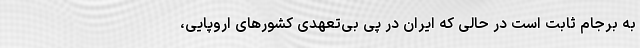
به برجام ثابت است ‌در حالی که ایران در پی بی‌تعهدی کشورهای اروپایی،